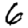
Digit: 6